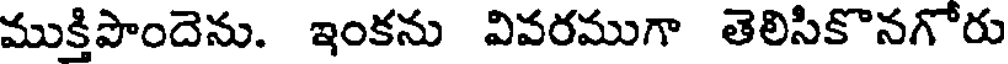
ముక్తిపొందెను. ఇంకను వివరముగా తెలిసికొనగోరు